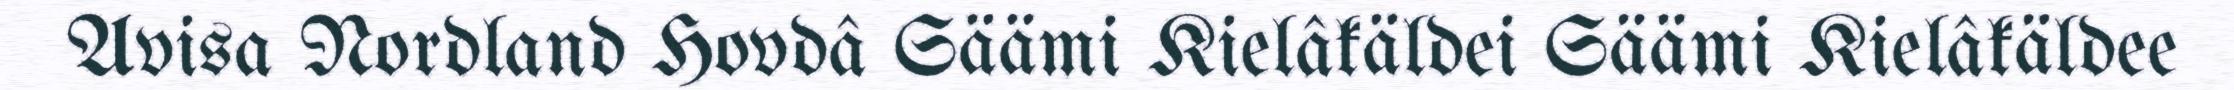
Avisa Nordland Hovdâ Säämi Kielâkäldei Säämi Kielâkäldee